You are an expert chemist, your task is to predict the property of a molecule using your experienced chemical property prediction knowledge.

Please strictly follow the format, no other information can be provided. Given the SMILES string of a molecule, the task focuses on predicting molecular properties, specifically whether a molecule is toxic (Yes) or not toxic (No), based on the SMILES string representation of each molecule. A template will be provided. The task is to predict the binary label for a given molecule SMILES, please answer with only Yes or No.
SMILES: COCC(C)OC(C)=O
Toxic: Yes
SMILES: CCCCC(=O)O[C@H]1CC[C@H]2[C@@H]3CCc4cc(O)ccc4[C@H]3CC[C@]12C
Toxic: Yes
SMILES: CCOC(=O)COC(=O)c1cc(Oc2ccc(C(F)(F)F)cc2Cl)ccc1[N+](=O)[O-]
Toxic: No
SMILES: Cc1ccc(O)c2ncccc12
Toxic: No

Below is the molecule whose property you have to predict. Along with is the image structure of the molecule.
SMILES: C[C@@]12C=CC[C@H]1[C@@H]1CC[C@H]3CC(=O)CC[C@]3(C)[C@H]1CC2
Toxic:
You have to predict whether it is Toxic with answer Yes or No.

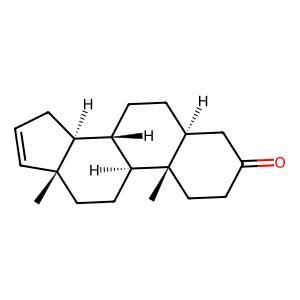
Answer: No